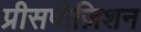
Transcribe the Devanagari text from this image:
प्रीसपोज़िशन